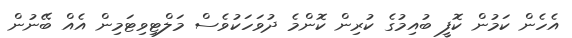
އެހެން ކަމުން ކޮފީ ބުއިމުގެ ކުރިން ކޮންމެ ދުވަހަކުވެސް މަލްޓިވިޓަމިން އެއް ބޭނުން